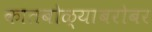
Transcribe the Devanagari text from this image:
कातबोळ्याबरोबर